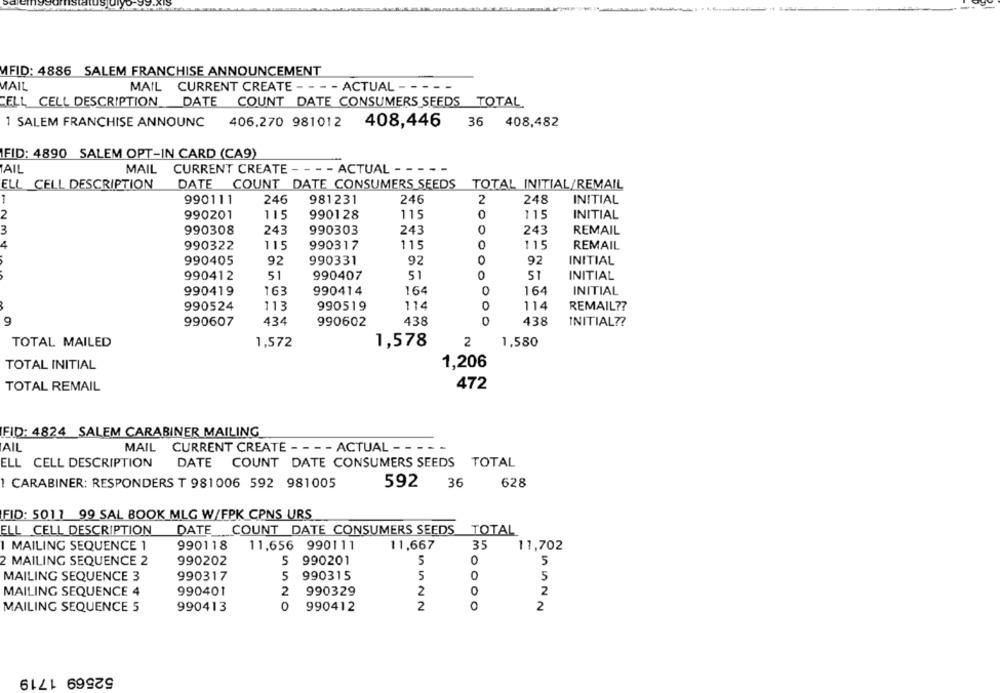
MFID: 4886 SALEM FRANCHISE ANNOUNCEMENT
MAIL
MAIL CURRENT CREATE - - - - ACTUAL - - - -
CELL CELL DESCRIPTION DATE COUNT DATE CONSUMERS SEEDS TOTAL
1 SALEM FRANCHISE ANNOUNC 406.270 981012 408,446
36
408,482
FID: 4890 SALEM OPT-IN CARD (CA9)
TAIL
MAIL CURRENT CREATE - - - - ACTUAL - - -
ELL CELL DESCRIPTION
DATE COUNT DATE CONSUMERS SEEDS TOTAL INITIAL/REMAIL
990111
246
981231
246
2
248
INITIAL
990128
0
115
INITIAL
990201
115
115
990308
243
990303
243
243
REMAIL
990322
115
990317
115
0
115
REMAIL
990405
92
990331
92
0
92
INITIAL
990412
51
990407
51
51
INITIAL
990414
164
164
INITIAL
990419
163
990524
113
990519
114
O
114
REMAIL ??
9
990607
434
990602
438
0
438
INITIAL ??
TOTAL MAILED
1,572
1,578
2
1,580
TOTAL INITIAL
1,206
TOTAL REMAIL
472
FID: 4824 _SALEM CARABINER MAILING
AIL
MAIL CURRENT CREATE - - - - ACTUAL - - - - -
ELL CELL DESCRIPTION
DATE COUNT DATE CONSUMERS SEEDS TOTAL
1 CARABINER: RESPONDERS T 981006 592 981005
592
36
628
FID: 5017 99 SAL BOOK MLG W/FPK CPNS URS
ELL CELL DESCRIPTION
DATE COUNT DATE CONSUMERS SEEDS TOTAL
1 MAILING SEQUENCE 1
990118
11,656 990111
11,667
35
11,702
2 MAILING SEQUENCE 2
990202
5
990201
5
0
5
5
0
5
MAILING SEQUENCE 3
990317
5
990315
MAILING SEQUENCE 4
990401
2
990329
2
2
MAILING SEQUENCE 5
990413
0
990412
2
0
2
52569 1719